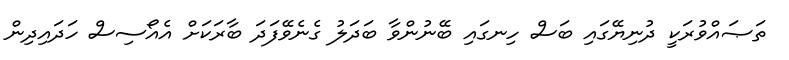
ތަޞައްވުރަކީ ދުނިޔޭގައި ބަސް ހިނގައި ބޭނުންވާ ބަދަލު ގެނެވޭފަދަ ބާރަކަށް އެއޯސިސް ހަދައިދިން